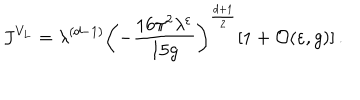
J ^ { V _ { L } } = \lambda ^ { ( d - 1 ) } \left( - \frac { 1 6 \pi ^ { 2 } \lambda ^ { \varepsilon } } { 1 5 g } \right) ^ { \frac { d + 1 } { 2 } } [ 1 + { \cal O } ( \varepsilon , g ) ] \, .